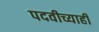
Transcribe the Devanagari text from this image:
पदवीच्याही